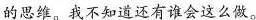
的思维。我不知道还有谁会这么做。